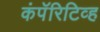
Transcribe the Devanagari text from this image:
कंपॅरिटिव्ह